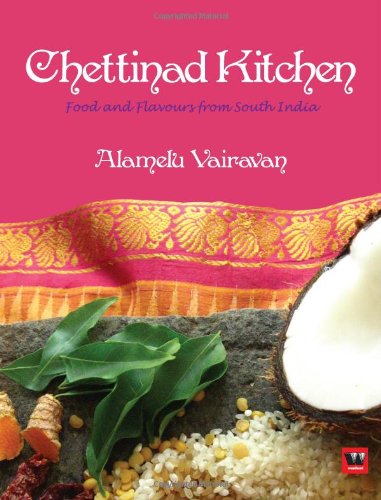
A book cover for Chettinad Kitchen: Food and Flavours from South India; Alamelu Vairavan; Cookbooks, Food & Wine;